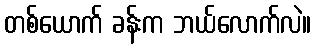
တစ်ယောက် ခန်းက ဘယ်လောက်လဲ။